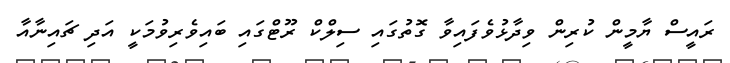
ރައީސް ޔާމީން ކުރިން ވިދާޅުވެފައިވާ ގޮތުގައި ސިލްކް ރޫޓްގައި ބައިވެރިވުމަކީ އަދި ޗައިނާއާ